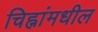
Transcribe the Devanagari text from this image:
चिह्नांमधील